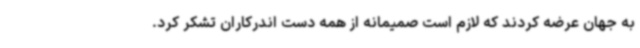
به جهان عرضه کردند که لازم است صمیمانه از همه دست اندرکاران تشکر کرد.